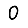
Digit: 0